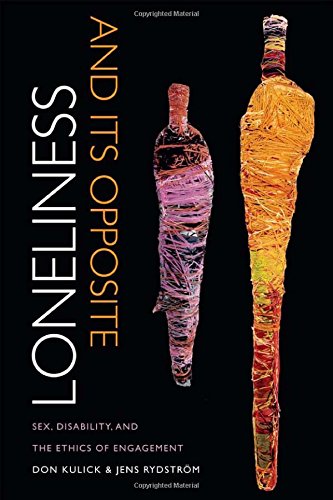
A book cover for Loneliness and Its Opposite: Sex, Disability, and the Ethics of Engagement; Don Kulick; Health, Fitness & Dieting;